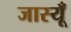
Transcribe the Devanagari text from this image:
जास्यूँ